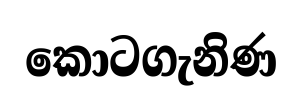
කොටගැනිණ